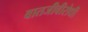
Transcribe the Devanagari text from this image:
वातजीवीरोधी